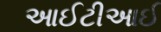
આઈટીઆઈ